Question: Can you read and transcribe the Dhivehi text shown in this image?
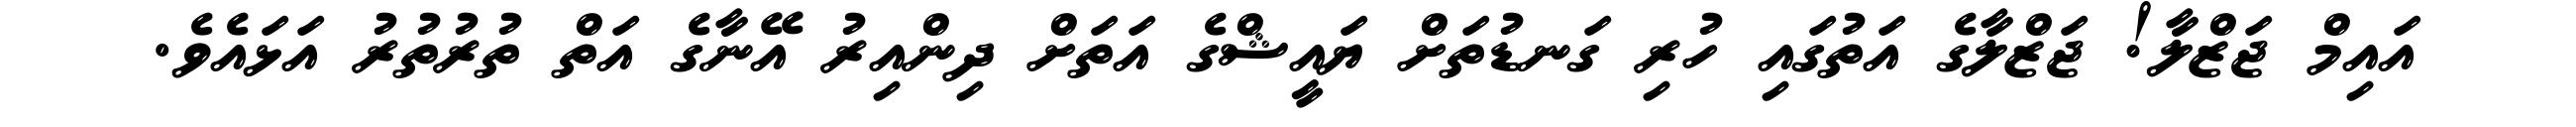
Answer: އައިމް ޖަޒްލާ! ޖަޒްލާގެ އަތުގައި ހުރި ގަނޑުތަށް ޔައީޝްގެ އަތަށް ދިންއިރު އޭނާގެ އަތް ތުރުތުރު އަޅައެވެ.